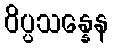
ဝိပ္ပသန္နေန